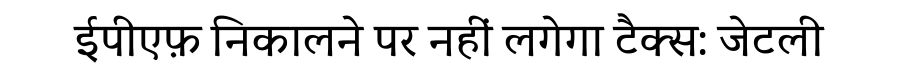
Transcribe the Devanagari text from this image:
ईपीएफ़ निकालने पर नहीं लगेगा टैक्स: जेटली